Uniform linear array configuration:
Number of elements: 4
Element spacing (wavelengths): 0.5
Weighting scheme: hamming
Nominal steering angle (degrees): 45
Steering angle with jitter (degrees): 45.768
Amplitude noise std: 0.05
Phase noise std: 0.05

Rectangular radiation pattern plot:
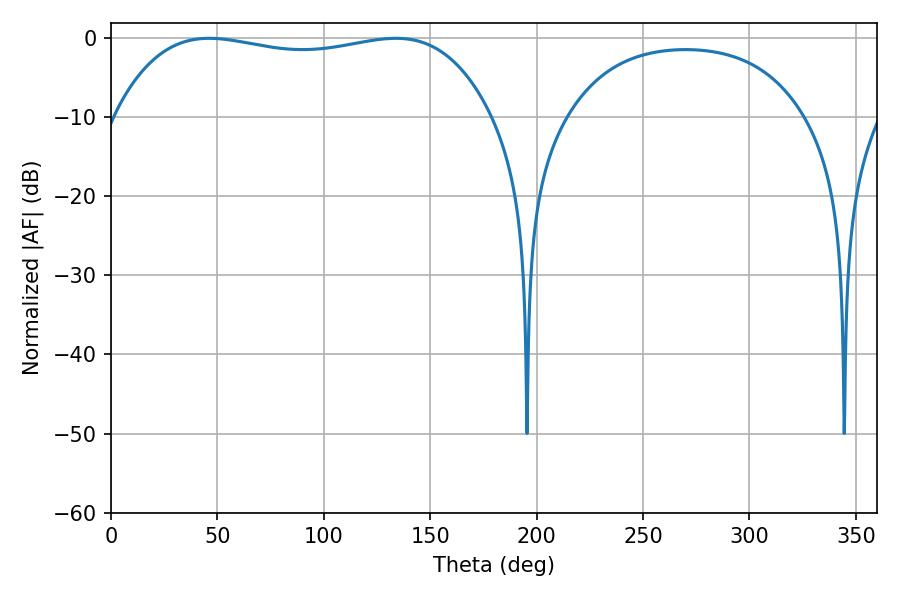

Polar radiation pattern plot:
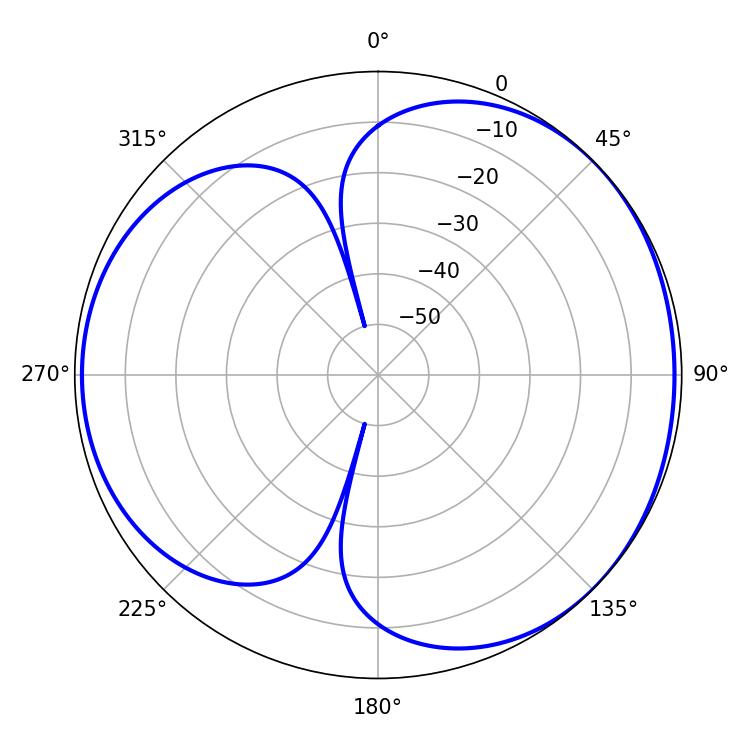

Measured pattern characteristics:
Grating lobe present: FALSE
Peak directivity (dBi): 4.069
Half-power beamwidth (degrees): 142.56
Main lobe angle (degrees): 46.08